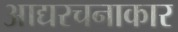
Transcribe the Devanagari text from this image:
आद्यरचनाकार